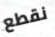
نقطع